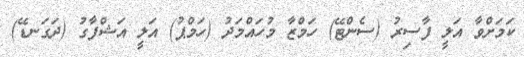
ކަމަށްވާ އަލީ ފާސިރު (ސެންޓޭ) ހަމްޒާ މުހައްމަދު (ހަމްޕު) އަލީ އަޝްފާގު (ދަގަނޑޭ)